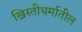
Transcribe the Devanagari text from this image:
ख्रिस्तीधर्मातील